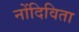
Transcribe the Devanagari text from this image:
नोंदिविता